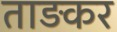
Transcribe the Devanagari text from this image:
ताड़कर